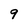
Character: 9